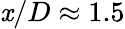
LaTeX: \mathit{x}/D\approx1.5